Juri_Uluots, lk 7
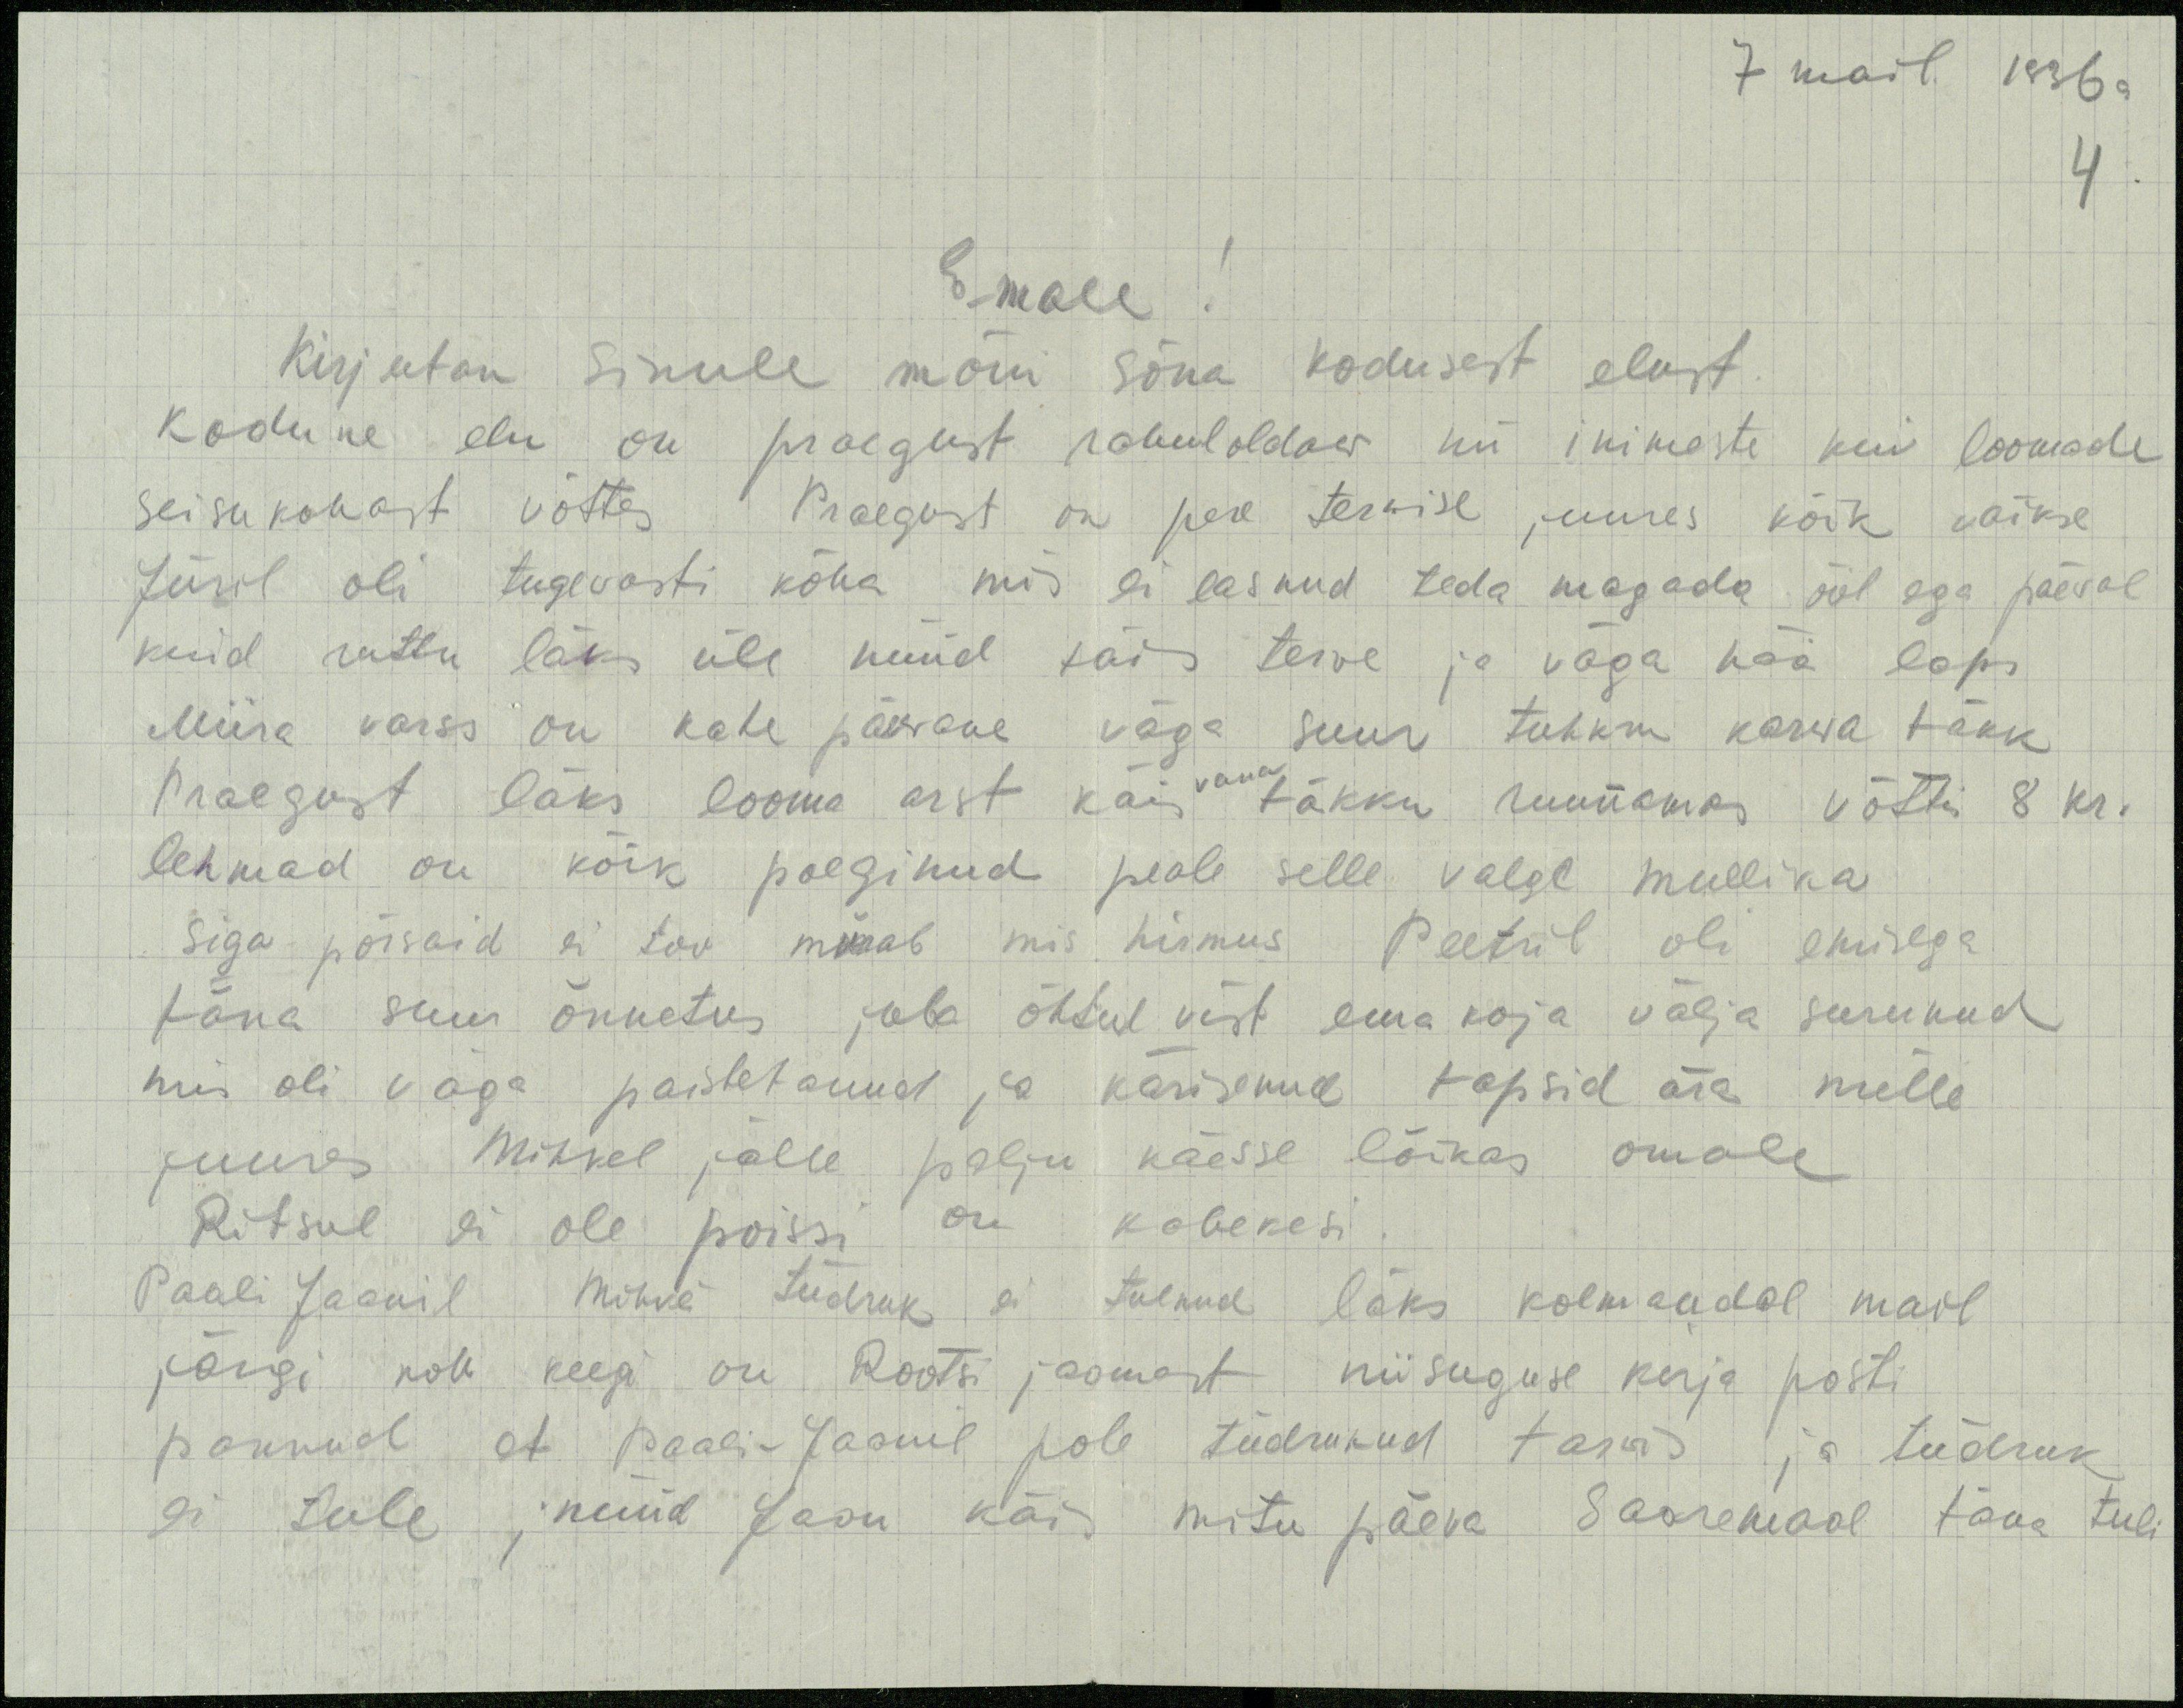
7 mail 1936 a
4
Emale!
Kirjutan sinule mõni sõna kodusest elust.
Kodune elu on praegust rahuloldaw nii inimeste kui loomade
seisukohast võttes. Praegust on pere terwise juures kõik väikse
Jüril oli tugevasti köha mis ei lasnud teda magada ööl aga päeval
kuid ruttu läks üle nüüd täis terve ja väga hää laps
Miira varss on kahe päevane väga suur tuhkru karva täkk
Praegust läks looma arst käis vana täkku ruunamas võttis 8 kr.
lehmad on kõik poeginud peale selle valge mullika
Siga põrsaid ei too mürab mis hirmus Peetril oli emisega
täna suur õnnetus juba õhtul vist ema koja välja surunud
mis oli väga paistetanud ja kärisenud tapsid ära mille
juures Mihkel jälle palju käesse lõikas omale
Ritsul ei ole poissi on kahekesi
Paali Jaanil Mihkli tüdruk ei tulnud läks kolmandal mail
järgi pole keegi on Rootsi jaamast niisuguse kirja posti
pannud et Paali Jaanil pole tüdrukud tarvis ja tüdruk
ei tule, nüüd Jaan käis mitu päeva Saaremaal täna tuli